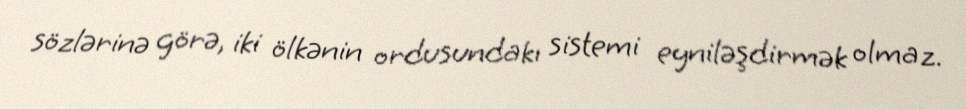
sözlərinə görə, iki ölkənin ordusundakı sistemi eyniləşdirmək olmaz.